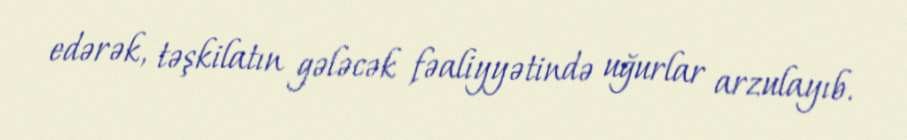
edərək, təşkilatın gələcək fəaliyyətində uğurlar arzulayıb.